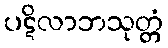
ပဋိလာဘသုတ္တံ